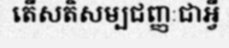
តើសតិសម្បជញ្ញៈជាអ្វី